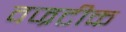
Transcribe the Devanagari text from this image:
वज्रटीक